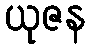
ယုဇန